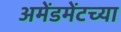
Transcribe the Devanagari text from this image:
अमेंडमेंटच्या